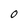
Character: O